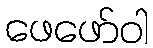
ဖေဖော်ဝါ